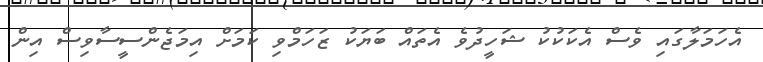
އެހަމަލާގައި ވެސް އެކަކުކު ޝަހީދުވެ އެތައް ބަޔަކު ޒަހަމްވި ކަމަށް އިމަޖެންސީސާވިސް އިން